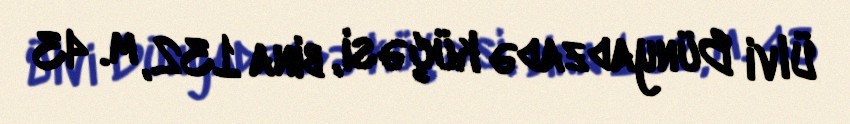
Ülvi Bünyadzadə küçəsi, bina 132, m. 43